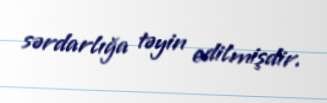
sərdarlığa təyin edilmişdir.